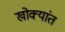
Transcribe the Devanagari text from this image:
खोक्यांत